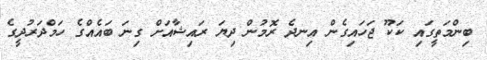
ބިންމަތީގައި ކަކޫ ޖަހައިގެން އިނދެ ރޮމުން ދިޔަ ރައިޝާއަށް ގިނަ ބައެއްގެ ހަމްދަރުދީގެ